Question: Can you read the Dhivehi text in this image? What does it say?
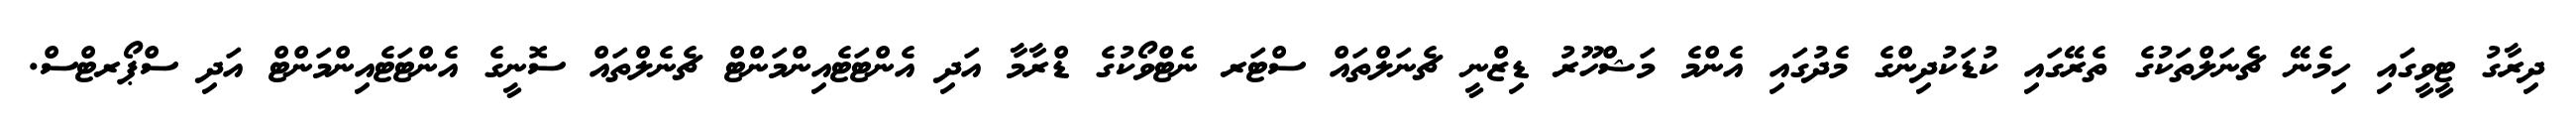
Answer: ދިރާގު ޓީވީގައި ހިމެނޭ ޗެނަލްތަކުގެ ތެރޭގައި ކުޑަކުދިންގެ މެދުގައި އެންމެ މަޝްހޫރު ޑިޒްނީ ޗެނަލްތައް ސްޓަރ ނެޓްވޯކުގެ ޑްރާމާ އަދި އެންޓަޓެއިންމަންޓް ޗެނެލްތައް ސޮނީގެ އެންޓަޓެއިންމަންޓް އަދި ސްޕޯރޓްސް.